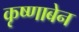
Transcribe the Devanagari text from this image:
कृष्णाबेन